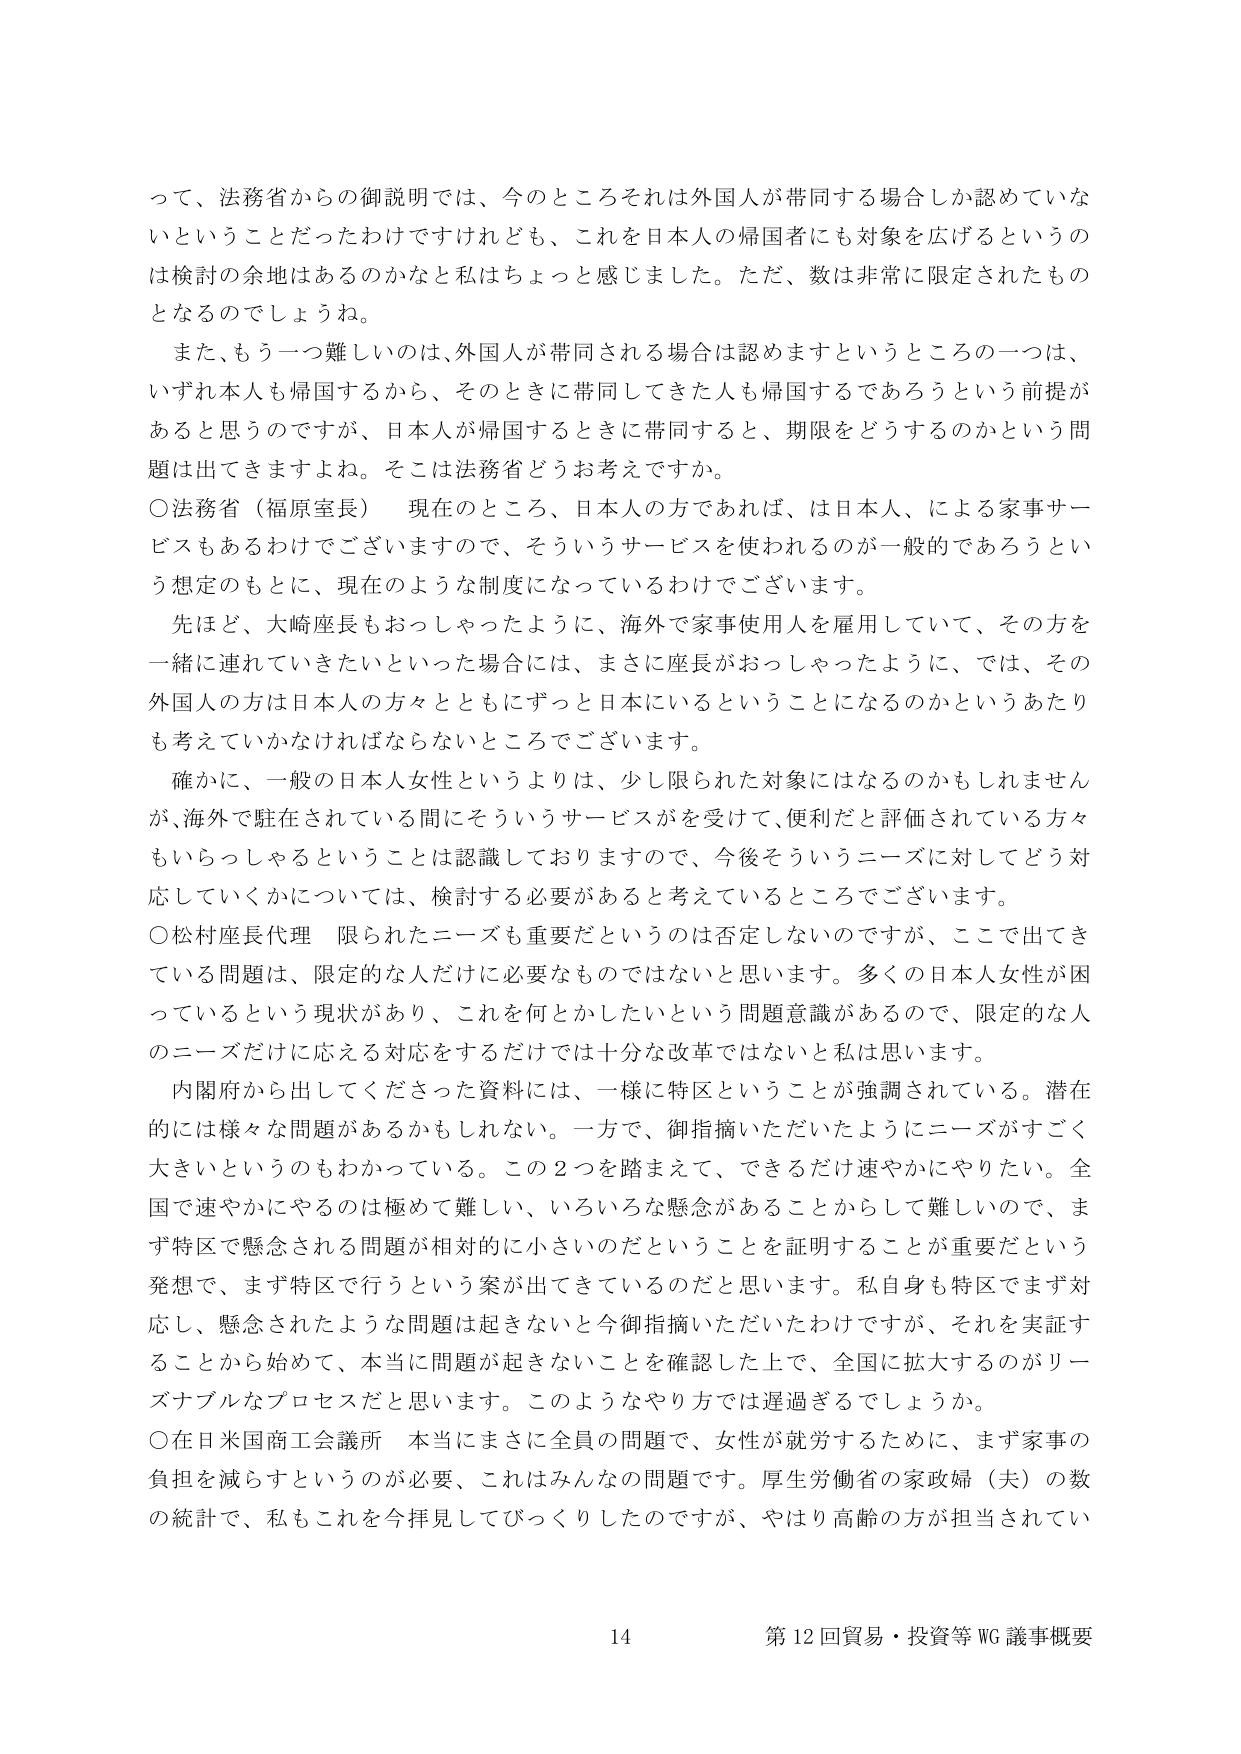
って、法務省からの御説明では、今のところそれは外国人が帯同する場合しか認めていないということだったわけですがけれども、これを日本人の帰国者にも対象を広げるというのは検討の余地はあるのかなと私はちょっと感じました。ただ、数は非常に限定されたものとなるのでしょうね。

また、もう一つ難しいのは、外国人が帯同される場合は認めますというところの一つは、いずれ本人も帰国するから、そのときに帯同してきた人も帰国するであろうという前提があると思うのですが、日本人が帰国するときに帯同すると、期限をどうするのかという問題は出てきますよね。そこは法務省どうお考えですか。

○法務省（福原室長）　現在のところ、日本人の方であれば、は日本人、による家事サービスもあるわけでございますので、そういうサービスを使われるのが一般的であろうという想定のもとに、現在のような制度になっているわけでございます。

先ほど、大崎座長もおっしゃったように、海外で家事使用人を雇用していて、その方を一緒に連れていきたいといった場合には、まさに座長がおっしゃったように、では、その外国人の方は日本人の方々とともにずっと日本にいるということになるのかというあたりも考えていかなければならないところでございます。

確かに、一般の日本人女性というよりは、少し限られた対象にはなるのかもしれませんが、海外で駐在されている間にそういうサービスを受けて、便利だと評価されている方々もいらっしゃるということは認識しておりますので、今後そういうニーズに対してどう対応していくかについては、検討する必要があると考えているところでございます。

○松村座長代理　限られたニーズも重要だというのは否定しないのですが、ここで出てきている問題は、限定的な人だけに必要なものではないと思います。多くの日本人女性が困っているという現状があり、これを何とかしたいという問題意識があるので、限定的な人のニーズだけに応える対応をするだけでは十分な改革ではないと思います。

内閣府から出してくださった資料には、一様に特区ということが強調されている。潜在的には様々な問題があるかもしれない。一方で、御指摘いただいたようにニーズがすごく大きいというのもわかっている。この2つを踏まえて、できるだけ速やかにやりたい。全国で速やかにやるのは極めて難しい、いろいろな懸念があることからして難しいので、まず特区で懸念される問題が相対的に小さいのだということを証明することが重要だという発想で、まず特区で行うという案が出てきているのだと思います。私自身も特区でまず対応し、懸念されたような問題は起きないと今御指摘いただいたわけですが、それを実証することから始めて、本当に問題が起きないことを確認した上で、全国に拡大するのがリーズナブルなプロセスだと思います。このようなやり方では遅過ぎるでしょうか。

○在日米国商工会議所　本当にまさに全員の問題で、女性が就労するために、まず家事の負担を減らすというのが必要、これはみんなの問題です。厚生労働省の家政婦（夫）の数の統計で、私もこれを今拝見してびっくりしたのですが、やはり高齢の方が担当されてい

14 第12回貿易・投資等WG議事概要